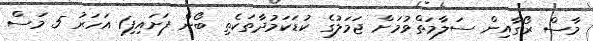
މާސް ރޯގާއިން ސަލާމަތްވުމަށް ޖަމަލުގެ ކުޑަކަމުދާތަކެތި ބޯން ފަށައިފި1 އަހަރު 5 މަސް